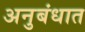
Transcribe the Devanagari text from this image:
अनुबंधात